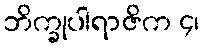
ဘိက္ခုပါရာဇိက ၄၊